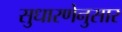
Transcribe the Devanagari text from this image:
सुधारणेनुसार